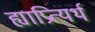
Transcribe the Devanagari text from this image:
ह्याप्रित्यर्थ